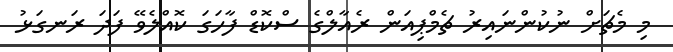
މި މެޗަށް ނުކުންނައިރު ޗެމްޕިއަން ރެއާލްގެ ސްކޮޑް ފާހަގަ ކޮއްލެވޭ ފަދަ ރަނގަޅު